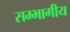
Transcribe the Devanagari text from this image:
सम्भागीय